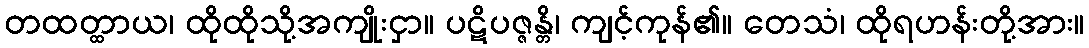
တထတ္ထာယ၊ ထိုထိုသို့အကျိုးငှာ။ ပဋိပဇ္ဇန္တိ၊ ကျင့်ကုန်၏။ တေသံ၊ ထိုရဟန်းတို့အား။